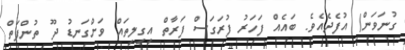
ގުނަވަން) އުފެދެއެވެ. ބައެއް ފަހަރު ފުރަގަސް ފަރާތް އިގިލިތައް ވަށްގަނޑު ދޫ ތުންފަތް